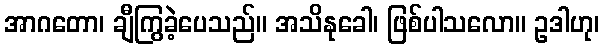
အာဂတော၊ ချီကြွခဲ့ပေသည်။ အသိနုခေါ၊ ဖြစ်ပါသလော။ ဥဒါဟု၊